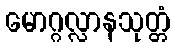
မောဂ္ဂလ္လာနသုတ္တံ